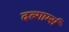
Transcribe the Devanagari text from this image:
दल्गार्म्स